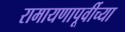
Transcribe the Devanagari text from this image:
रामायणापूर्वीच्या